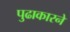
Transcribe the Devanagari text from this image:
पुढाकारने